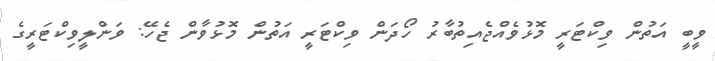
ވީބީ އަތުން ވިކްޓަރީ މޮޅުވެއްޖެއިތުބާރު ހޯދަން ވިކްޓަރީ އަތުން މޮޅުވާން ޖެހޭ: ވަންލީވިކްޓަރީގެ